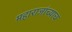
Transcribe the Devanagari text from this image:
महाराजांच्याच